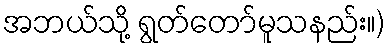
အဘယ်သို့ ရွတ်တော်မူသနည်း။)